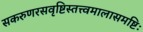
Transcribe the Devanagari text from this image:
सकरुणरसवृष्टिस्तत्त्वमालासमष्टिः